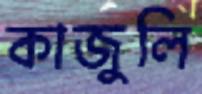
কাজুলি